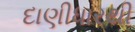
દાણીધારથી